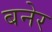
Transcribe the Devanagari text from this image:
बनेर